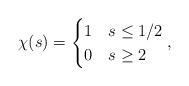
LaTeX: \begin{align*}\chi(s) = \begin{cases}1 & s \leq 1/2 \\0 & s \geq 2\\\end{cases},\end{align*}